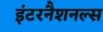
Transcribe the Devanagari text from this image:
इंटरनैशनल्स